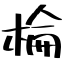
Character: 棆